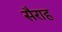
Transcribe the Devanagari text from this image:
सैराह